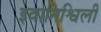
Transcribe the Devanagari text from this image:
इवानिश्विली